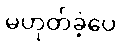
မဟုတ်ခဲ့ပေ